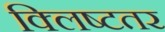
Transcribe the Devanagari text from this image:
क्लिष्टतर